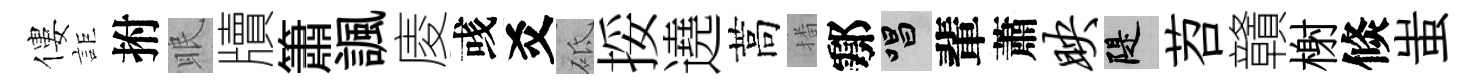
僂詎拊眠牘簫諷庱彧爻砥挼遶蒿播鄠唱輩蕭映堤苕贛榭倐蚩